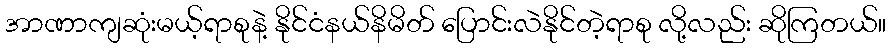
အာဏာကျဆုံးမယ့်ရာစုနဲ့ နိုင်ငံနယ်နိမိတ် ပြောင်းလဲနိုင်တဲ့ရာစု လို့လည်း ဆိုကြတယ်။